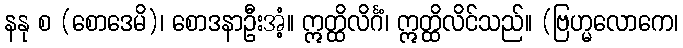
နနု စ (စောဒေမိ)၊ စောဒနာဦးအံ့။ ဣတ္ထိလိင်္ဂံ၊ ဣတ္ထိလိင်သည်။ (ဗြဟ္မလောကေ၊